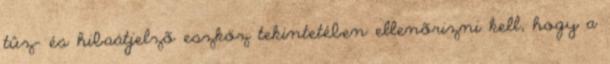
tûz- és hibaátjelzõ eszköz tekintetében ellenõrizni kell, hogy a